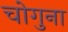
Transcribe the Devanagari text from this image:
चोगुना